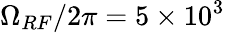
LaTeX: \Omega_{RF}/2\pi=5\times 10^{3}